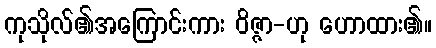
ကုသိုလ်၏အကြောင်းကား ဝိဇ္ဇာ-ဟု ဟောထား၏။